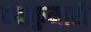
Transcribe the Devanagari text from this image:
दक्षकुमारी